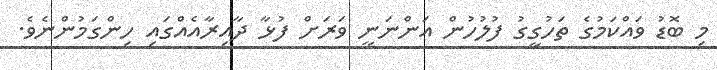
މި ބޮޑު ވައްކަމުގެ ތަހުގީގު ފުލުހުން އަންނަނީ ވަރަށް ފުޅާ ދާއިރާއެއްގައި ހިންގަމުންނެވެ.